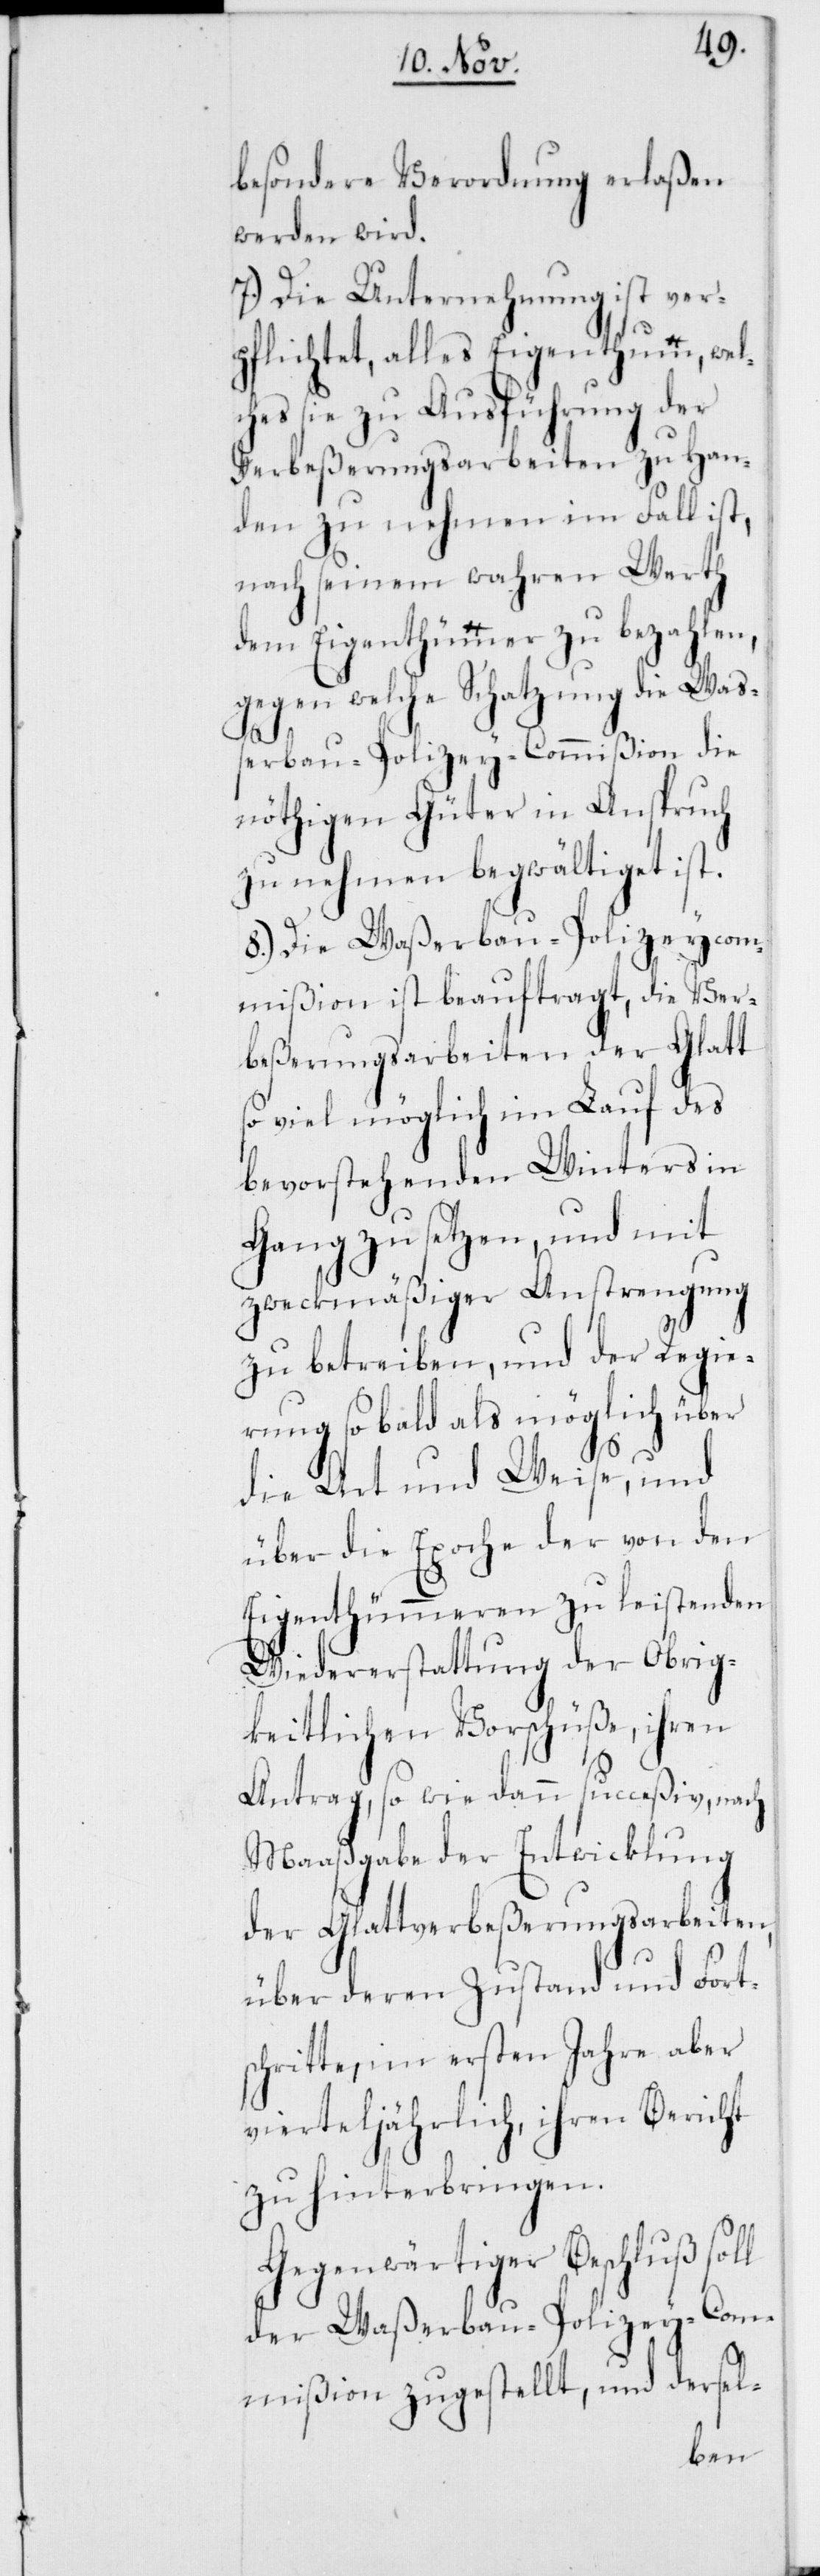
besondere Verordnung erlaßen
werden wird.
7.) Die Unternehmung ist ver¬
pflichtet, alles Eigenthumm, wel¬
ches sie zu Ausführung der
Verbeßerungsarbeiten zu Han¬
den zu nehmen im Fall ist,
nach seinem wahren Werth
dem Eigenthümmer zu bezahlen,
gegen welche Schatzung die Waß¬
erbau-Polizey-Commißion die
nöthigen Güter in Anspruch
zu nehmen begwältiget ist.
8.) Die Waßerbau-Polizeycom¬
mißion ist beauftragt, die Ver¬
beßerungsarbeiten der Glatt
so viel möglich im Lauf des
bevorstehenden Winters in
Gang zu setzen, und mit
zweckmäßiger Anstrengung
zu betreiben, und der Regie¬
rung so bald als möglich über
die Art und Weise, und
über die Epoche der von den
Eigenthümmeren zu leistenden
Wiedererstattung der Obrig¬
keitlichen Vorschüße, ihren
Antrag, so wie dann succeßiv, nach
Maaßgabe der Entwicklung
der Glattverbeßerungsarbeiten,
über deren Zustand und Fort¬
schritte, im ersten Jahre aber
vierteljährlich, ihren Bericht
zu hinterbringen.
Gegenwärtiger Beschluß soll
der Waßerbau-Polizey-Com¬
mißion zugestellt, und dersel-